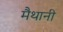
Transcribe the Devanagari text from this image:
मैथानी